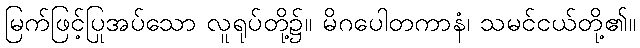
မြက်ဖြင့်ပြုအပ်သော လူရုပ်တို့၌။ မိဂပေါတကာနံ၊ သမင်ငယ်တို့၏။